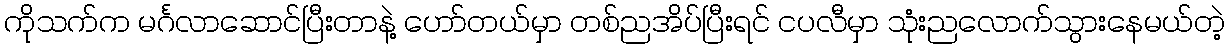
ကိုသက်က မင်္ဂလာဆောင်ပြီးတာနဲ့ ဟော်တယ်မှာ တစ်ညအိပ်ပြီးရင် ငပလီမှာ သုံးညလောက်သွားနေမယ်တဲ့